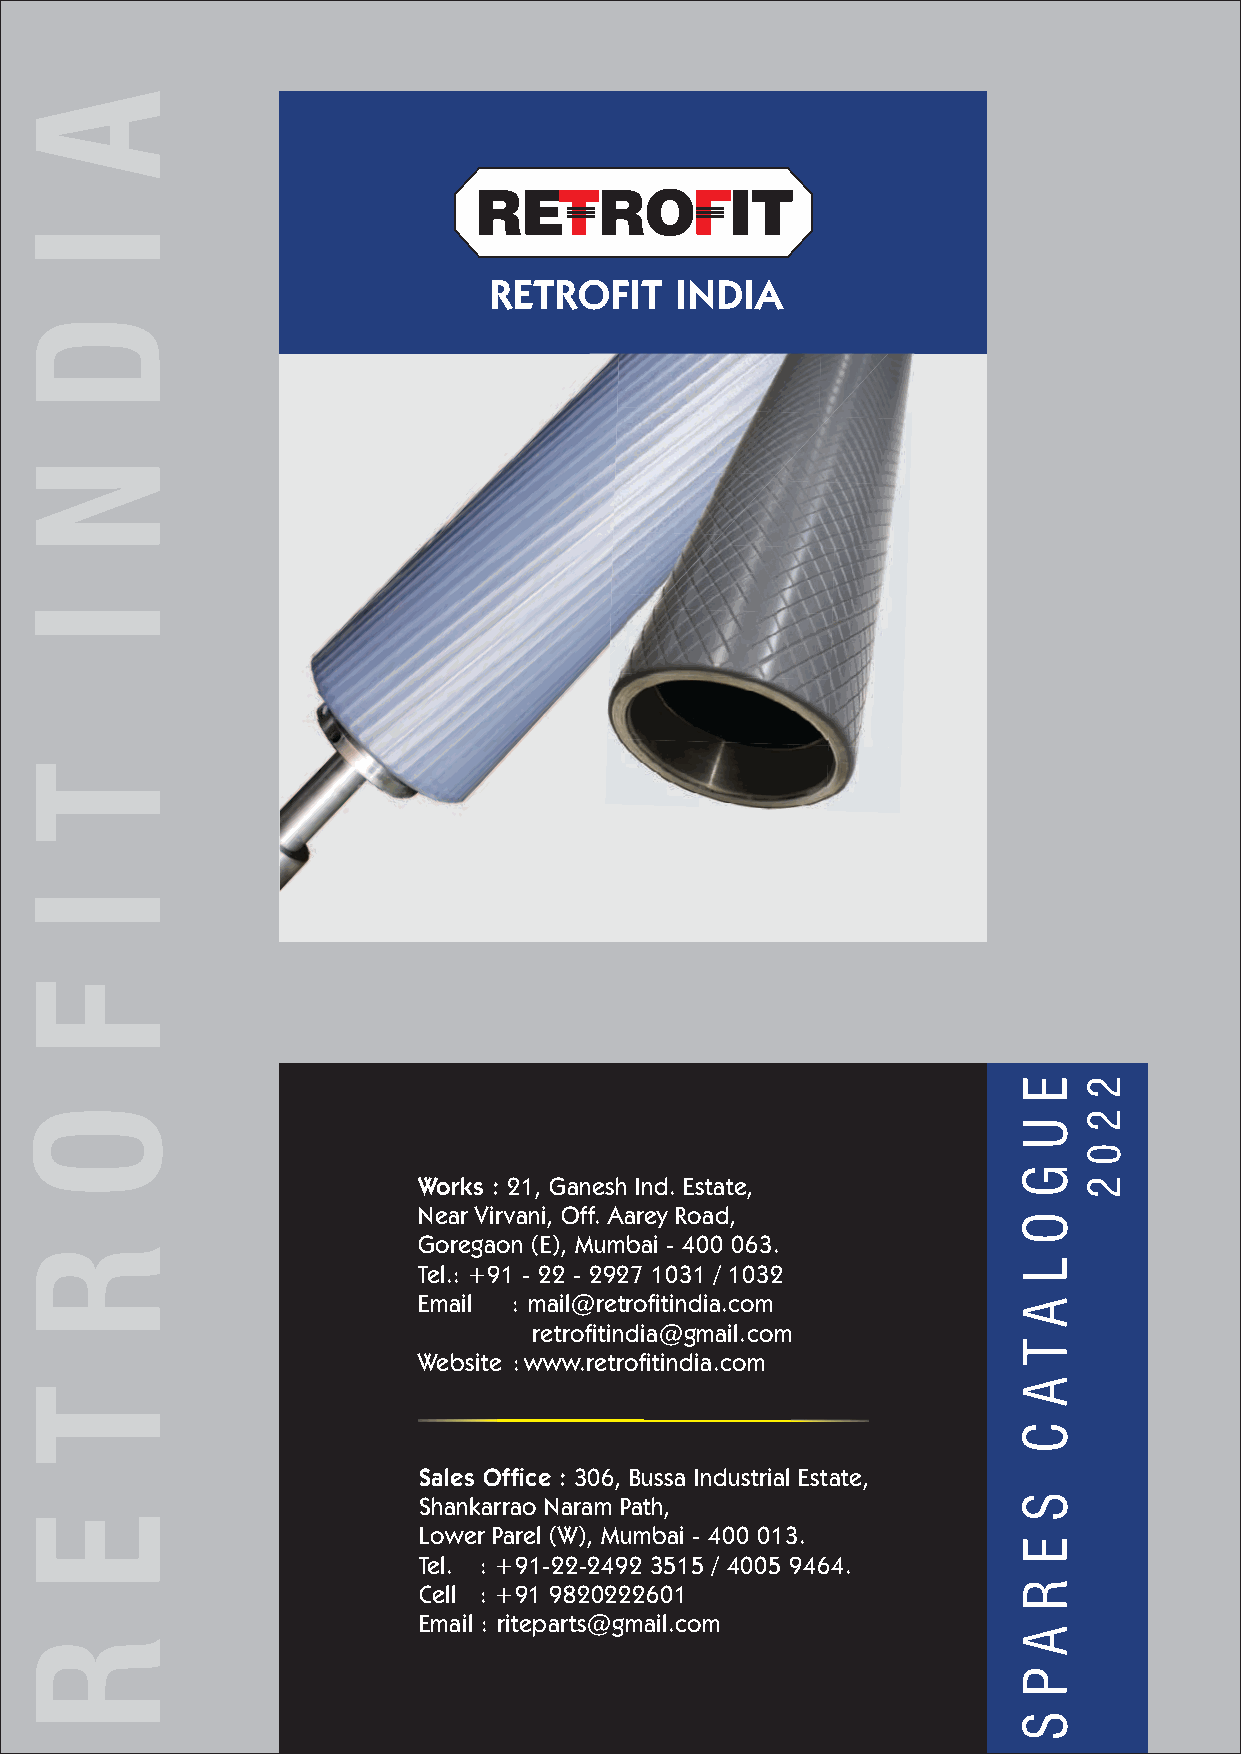
RETRO            IT
 RETROFIT     INDIA
 Works : 21, Ganesh Ind. Estate,
 Near Virvani, Off. Aarey Road,
 Goregaon (E), Mumbai - 400 063.
 Tel.: +91 - 22 - 2927 1031 / 1032
 Email : mail@re t rofitindia.com
 retrofitindia@ g m ail.com
 Website : www.retrofitindia.com
 Sales Office : 306, Bussa Industrial Estate,
 Shankarrao Naram Path,
 Lower Parel (W), Mumbai - 400 013.
 Tel. : +91-22-2492 3515 / 4005 9464.
 Cell : +91 9820222601
 Email : riteparts@gmail.com
 A
 I
 D
 N
 I
 T
 I
 F
 O
 R
 T
 E
 R
 E
 U
 G
 O
 L
 A
 T
 A
 C
 S
 E
 R
 A
 P
 S
 2
 2
 0
 2